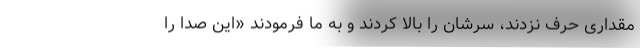
مقداری حرف نزدند، سرشان را بالا کردند و به ما فرمودند «این صدا را